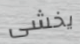
يخشى